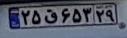
۲۵ق۶۵۳۲۹